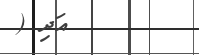
އަދި (